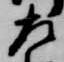
左